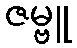
ဇမ္ဗူ